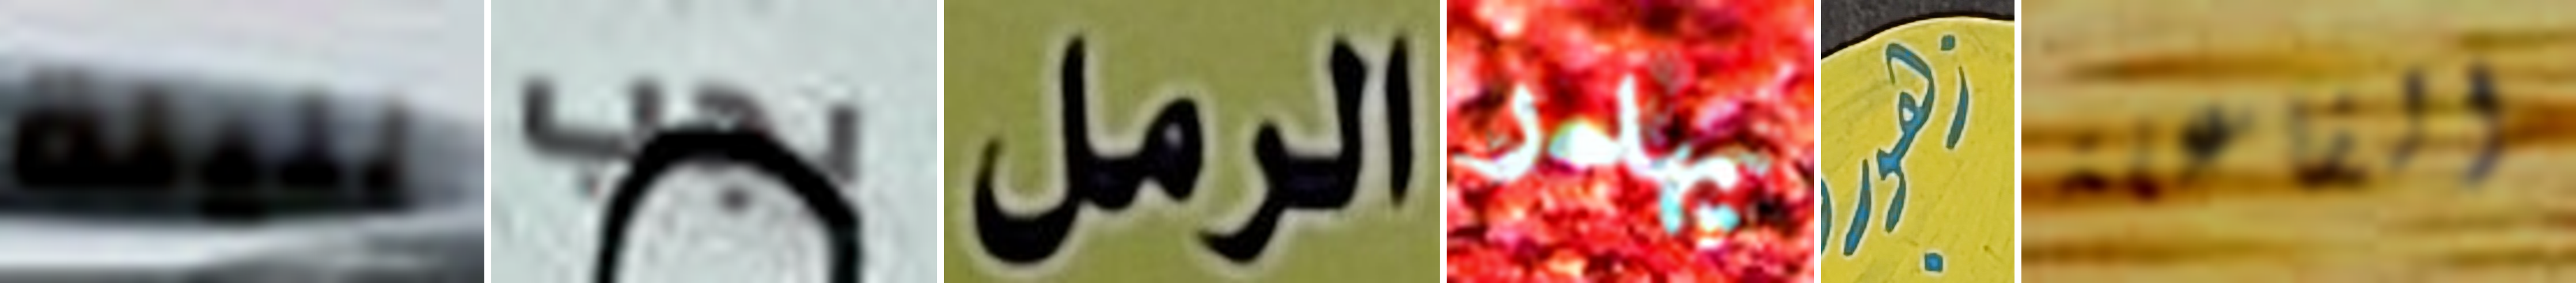
لليلة يجب الرمل يهدر زهور الفاعلة